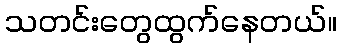
သတင်းတွေထွက်နေတယ်။